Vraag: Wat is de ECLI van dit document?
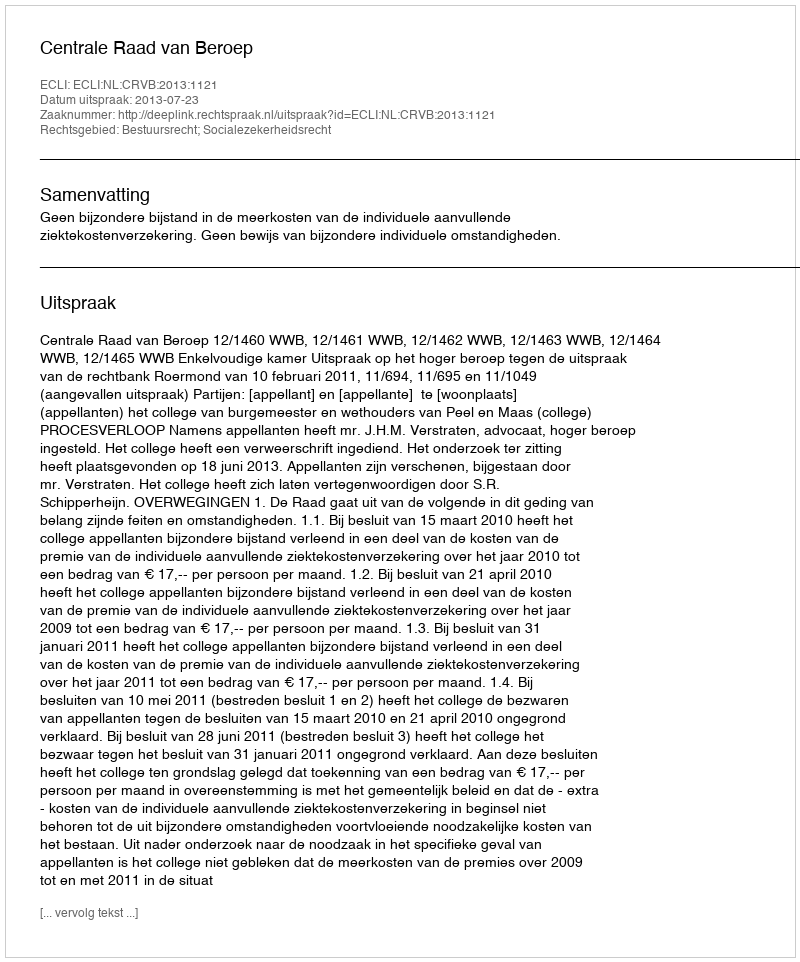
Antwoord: ECLI:NL:CRVB:2013:1121